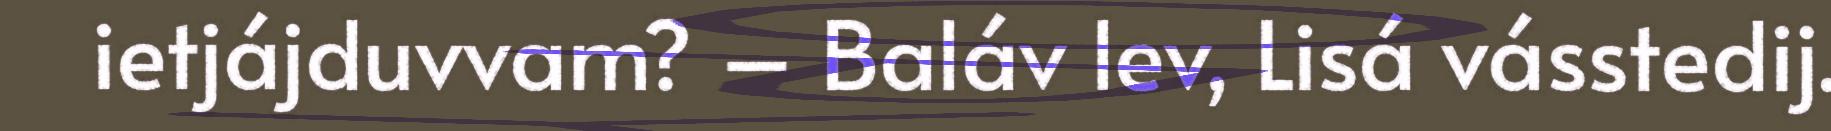
ietjájduvvam? – Baláv lev, Lisá vásstedij.